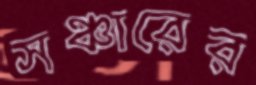
সঞ্চারের